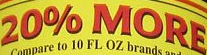
20% MORE